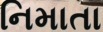
નિમાતા